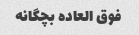
فوق العاده بچگانه